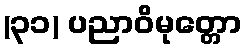
(၃၁) ပညာဝိမုတ္တော